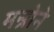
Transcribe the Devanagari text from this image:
मन्रोने